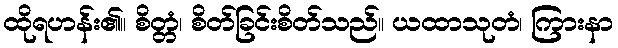
ထိုရဟန်း၏။ စိတ္တံ၊ စိတ်ခြင်းစိတ်သည်။ ယထာသုတံ၊ ကြားနာ